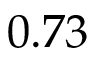
0 . 7 3